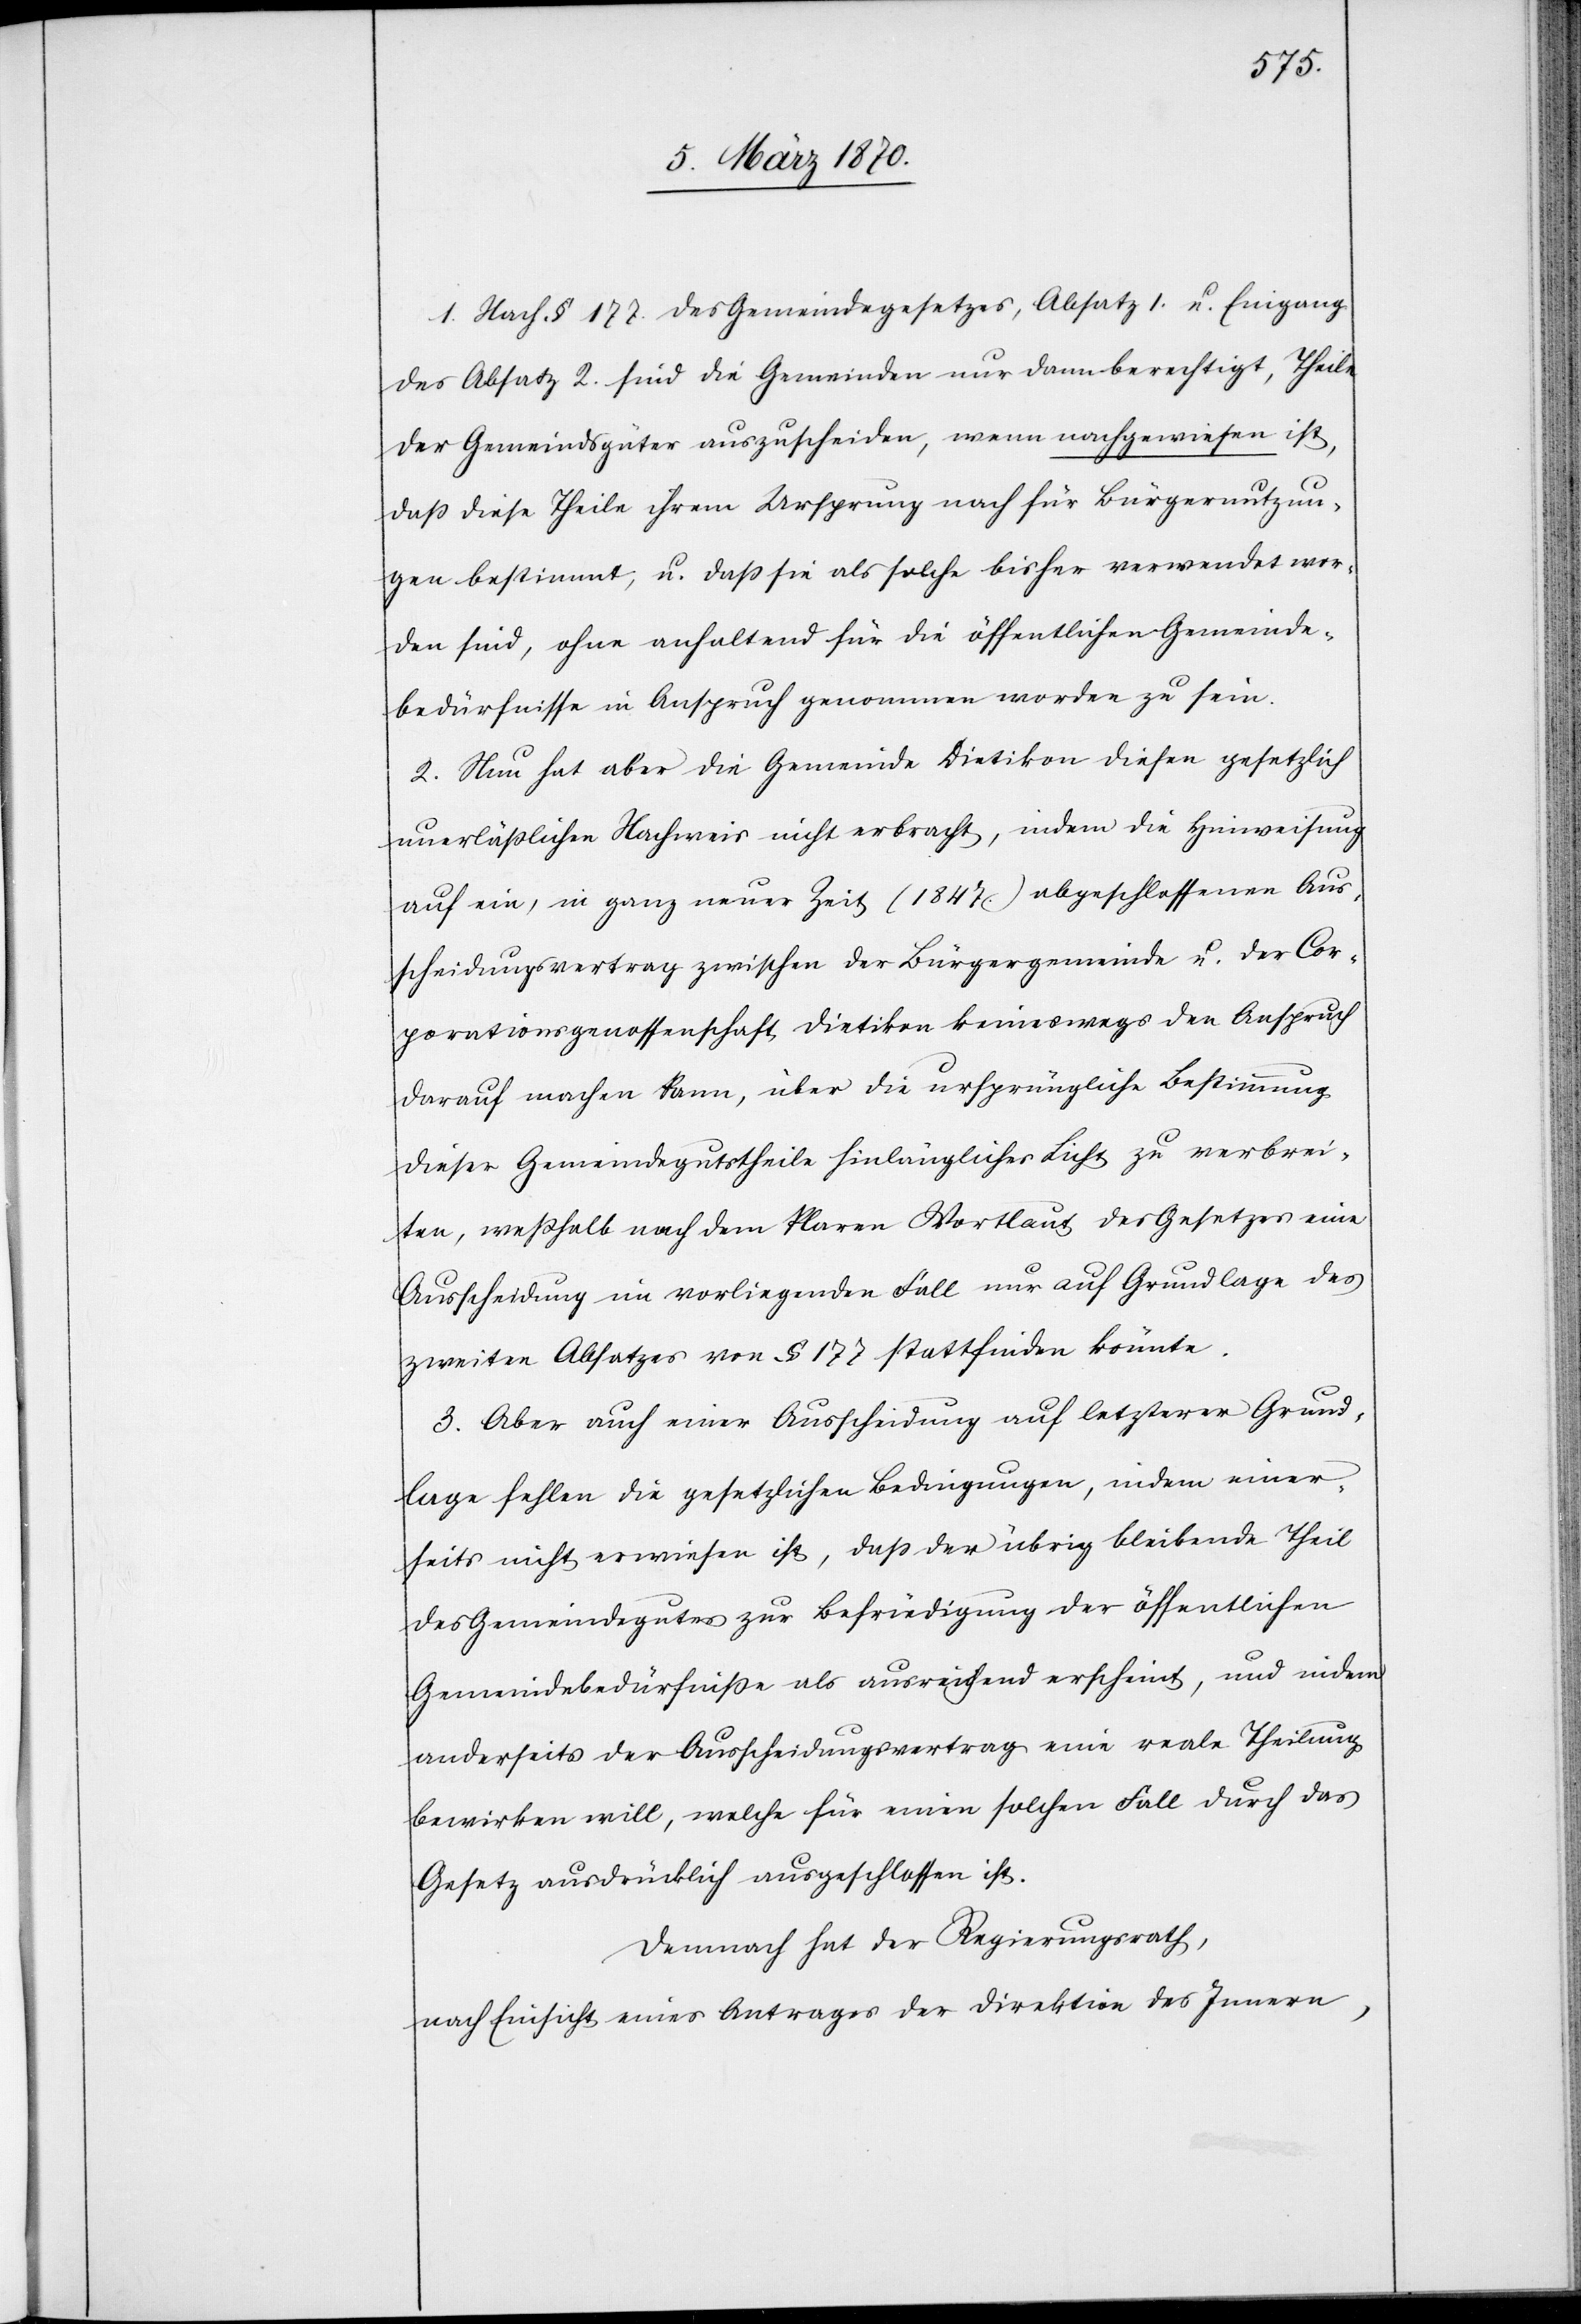
1. Nach § 177. des Gemeindegesetzes, Absatz 1. u. Eingang
des Absatz 2. sind die Gemeinden nur dann berechtigt, Theile
der Gemeindsgüter auszuscheiden, wenn nachgewiesen ist,
daß diese Theile ihrem Ursprung nach für Bürgernutzun¬
gen bestimmt, u. daß sie als solche bisher verwendet wor¬
den sind, ohne anhaltend für die öffentlichen Gemeinde¬
bedürfnisse in Anspruch genommen worden zu sein.
2. Nun hat aber die Gemeinde Dietikon diesen gesetzlich
unerläßlichen Nachweis nicht erbracht, indem die Hinweisung
auf ein, in ganz neuer Zeit (1847.) abgeschlossenen Aus¬
scheidungsvertrag zwischen der Bürgergemeinde u. der Cor¬
porationsgenossenschaft Dietikon keineswegs den Anspruch
darauf machen kann, über die ursprüngliche Bestimmung
dieser Gemeindegutstheile hinlänglich Licht zu verbrei¬
ten, weßhalb nach dem klaren Wortlaut des Gesetzes eine
Ausscheidung im vorliegenden Fall nur auf Grundlage des
zweiten Absatzes von § 177 stattfinden könnte.
3. Aber auch einer Ausscheidung auf letzterer Grund¬
lage fehlen die gesetzlichen Bedingungen, indem einer¬
seits nicht erwiesen ist, daß der übrig bleibende Theil
des Gemeindegutes zur Befriedigung der öffentlichen
Gemeindebedürfniße als ausreichend erscheint, und indem
anderseits der Ausscheidungsvertrag eine reale Theilung
bewirken will, welche für einen solchen Fall durch das
Gesetz ausdrücklich ausgeschlossen ist.
Demnach hat der Regierungsrath,
nach Einsicht eines Antrages der Direktion des Innern,